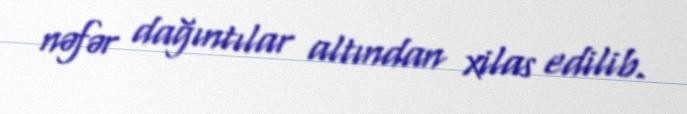
nəfər dağıntılar altından xilas edilib.